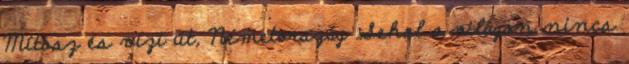
Mítosz és vízi út, Németország Sehol a világon nincs